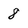
Character: 8